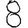
Digit: 8